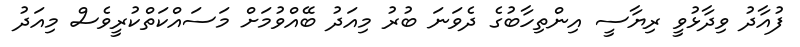
ފުއާދު ވިދާޅުވީ ރިޔާސީ އިންތިހާބުގެ ދެވަނަ ބުރު މިއަދު ބޭއްވުމަށް މަސައްކަތްކުރީވެސް މިއަދު